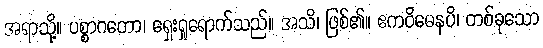
အရာသို့။ ပစ္စာဂတော၊ ရှေးရှုရောက်သည်။ အသိ၊ ဖြစ်၏။ ဧကဝိဓေနပိ၊ တစ်ခုသော